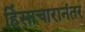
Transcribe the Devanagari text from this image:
हिंसाचारानंतर